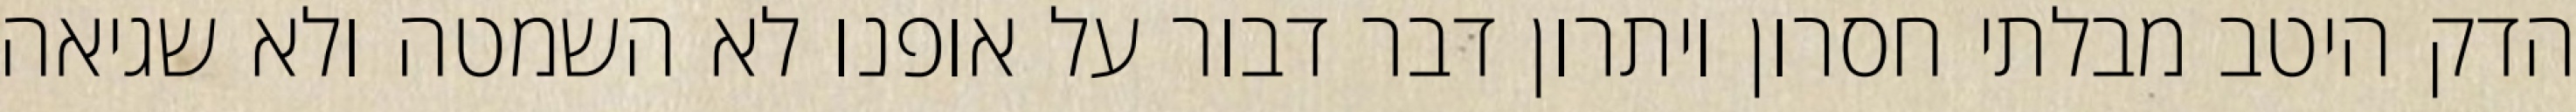
הדק היטב מבלתי חסרון ויתרון דבר דבור על אופנו לא השמטה ולא שגיאה